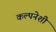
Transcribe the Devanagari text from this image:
कल्पनेशी